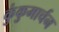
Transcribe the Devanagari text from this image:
कुंकुमार्चन